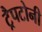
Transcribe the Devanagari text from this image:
ट्रैपटोनी